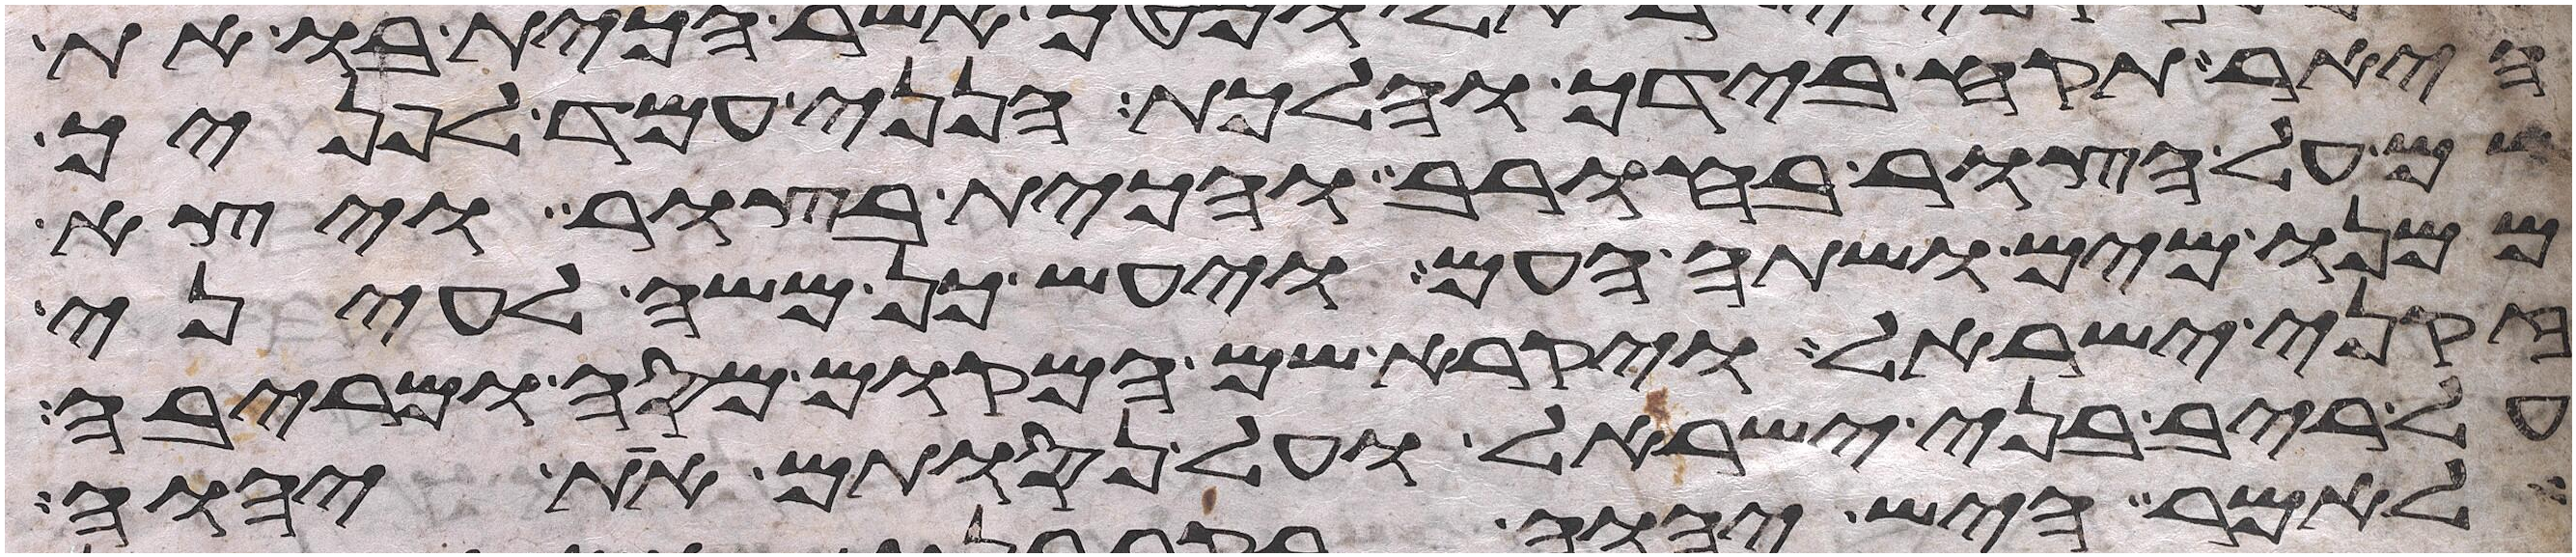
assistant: היאר תקח בידך והלכת הנני עמד לפניך
שם על הצור בחורב והכית בצור ויצא
ממנו מים ושתה העם ויעש כן משה לעיני
זקני ישראל ויקרא שם המקום מסה ומריבה
על ריב בני ישראל ועל נסותם את יהוה